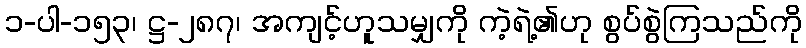
၁-ပါ-၁၅၃၊ ဋ္ဌ-၂၈၇၊ အကျင့်ဟူသမျှကို ကဲ့ရဲ့၏ဟု စွပ်စွဲကြသည်ကို